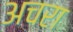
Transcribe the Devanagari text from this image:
अचरा